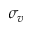
\sigma _ { v }